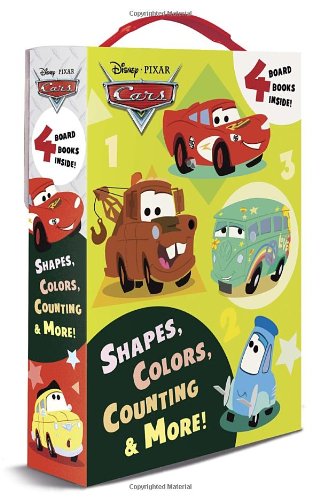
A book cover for Shapes, Colors, Counting & More! (Disney/Pixar Cars) (Friendship Box); RH Disney; Children's Books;